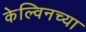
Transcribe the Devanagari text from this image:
केल्विनच्या